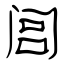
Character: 闾